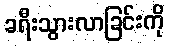
ခရီးသွားလာခြင်းကို